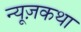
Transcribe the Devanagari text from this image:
न्यूज़कथा